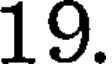
19.